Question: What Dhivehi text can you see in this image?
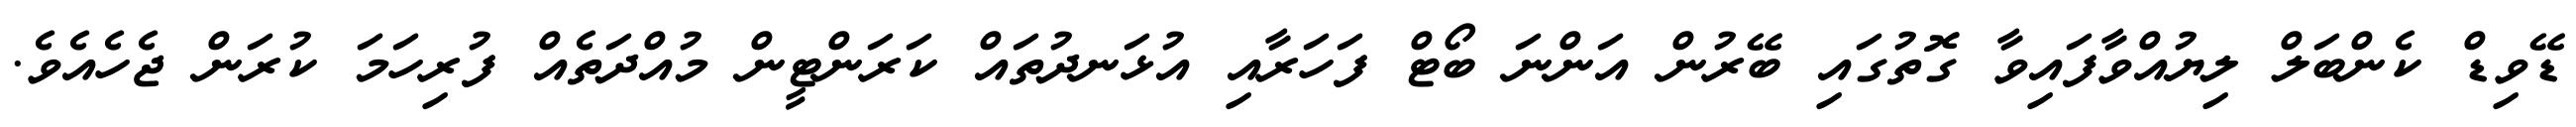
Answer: ޑޭވިޑް ކެންބަލް ލިޔުއްވާފައިވާ ގޮތުގައި ބޭރުން އަންނަ ބޯޓް ފަހަރާއި އުޅަނދުތައް ކަރަންޓީން މުއްދަތެއް ފުރިހަމަ ކުރަން ޖެހެއެވެ.